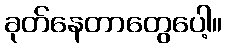
ခုတ်နေတာတွေပေါ့။